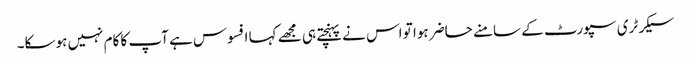
سیکرٹری سپورٹ کے سامنے حاضر ہوا تو اس نے پہنچتے ہی مجھے کہا افسوس ہے آپ کا کام نہیں ہوسکا۔